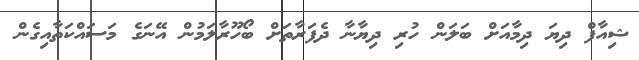
ޝިއާފް ދިޔަ ދިމާއަށް ބަލަން ހުރި ދިޔާނާ ދެފަރާތަށް ބޯހޫރާލަމުން އޭނަގެ މަސައްކަތާއިގެން